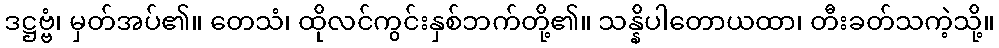
ဒဋ္ဌဗ္ဗံ၊ မှတ်အပ်၏။ တေသံ၊ ထိုလင်ကွင်းနှစ်ဘက်တို့၏။ သန္နိပါတောယထာ၊ တီးခတ်သကဲ့သို့။